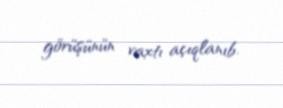
görüşünün vaxtı açıqlanıb.